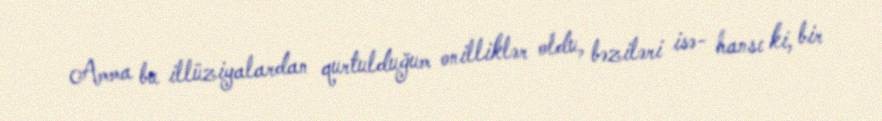
Amma bu illüziyalardan qurtulduğum onilliklər oldu, bəziləri isə- hansı ki, bir